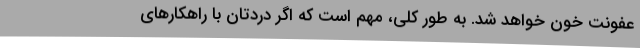
عفونت خون خواهد شد. به طور کلی، مهم است که اگر دردتان با راهکار‌های